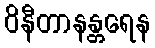
ဝိနီတာနန္တရေန